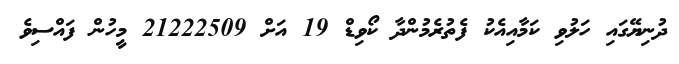
ދުނިޔޭގައި ހަލުވި ކަމާއިއެކު ފެތުރެމުންދާ ކޯވިޑް 19 އަށް 21222509 މީހުން ފައްސިވެ